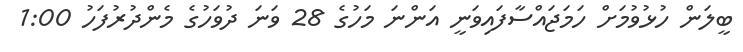
ބީލަން ހުޅުވުމަށް ހަމަޖައްސާފައިވަނީ އަންނަ މަހުގެ 28 ވަނަ ދުވަހުގެ މެންދުރުފަހު 1:00